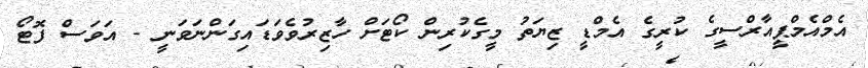
އެމްއެމްޕީއާރްސީގެ ކުރީގެ އެމްޑީ ޒިޔަތު މީގެކުރިން ކޯޓަށް ހާޒިރުވެވަޑައިގަންނަވަނީ - އަވަސް ފޮޓޯ